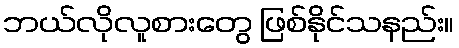
ဘယ်လိုလူစားတွေ ဖြစ်နိုင်သနည်း။